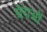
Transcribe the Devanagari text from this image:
चेराओं